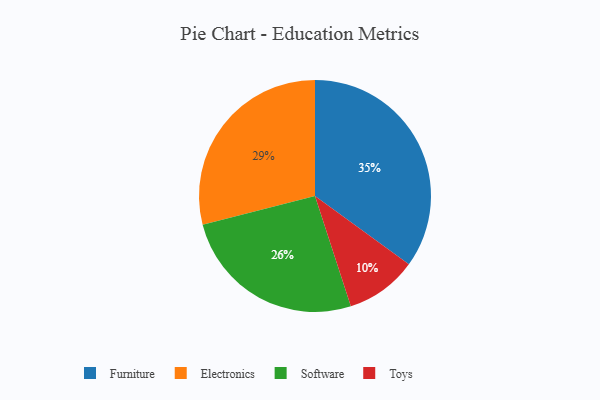
{"axis": {"x": "Category", "y": "Percentage"}, "legend": ["Electronics", "Furniture", "Software", "Toys"], "data": [{"x": "Toys", "y": 10, "type": "Toys"}, {"x": "Furniture", "y": 35, "type": "Furniture"}, {"x": "Electronics", "y": 29, "type": "Electronics"}, {"x": "Software", "y": 26, "type": "Software"}]}